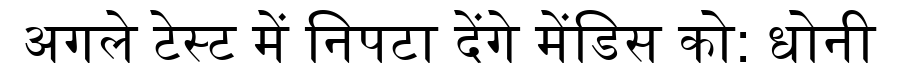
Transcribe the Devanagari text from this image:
अगले टेस्ट में निपटा देंगे मेंडिस को: धोनी